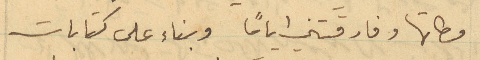
وطاتها وفارقتني اياماً وبناء على كتابات